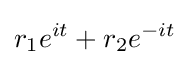
r_{1}e^{it}+r_{2}e^{-it}